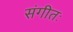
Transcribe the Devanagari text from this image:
संगीतः